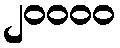
၂၀၀၀၀